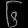
Digit: ၆